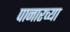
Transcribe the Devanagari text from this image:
पानारच्या